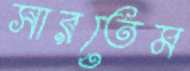
সারতেম